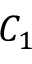
C _ { 1 }